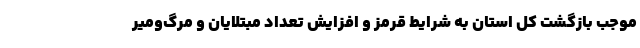
موجب بازگشت کل استان به شرایط قرمز و افزایش تعداد مبتلایان و مرگ‌ومیر